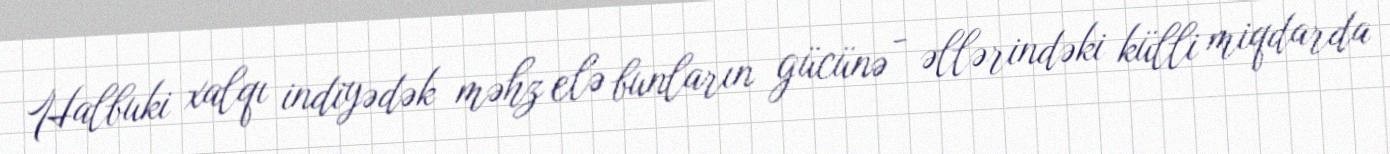
Halbuki xalqı indiyədək məhz elə bunların gücünə - əllərindəki külli miqdarda